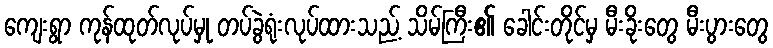
ကျေးရွာ ကုန်ထုတ်လုပ်မှု တပ်ခွဲရုံးလုပ်ထားသည့် သိမ်ကြီး၏ ခေါင်းတိုင်မှ မီးခိုးတွေ မီးပွားတွေ